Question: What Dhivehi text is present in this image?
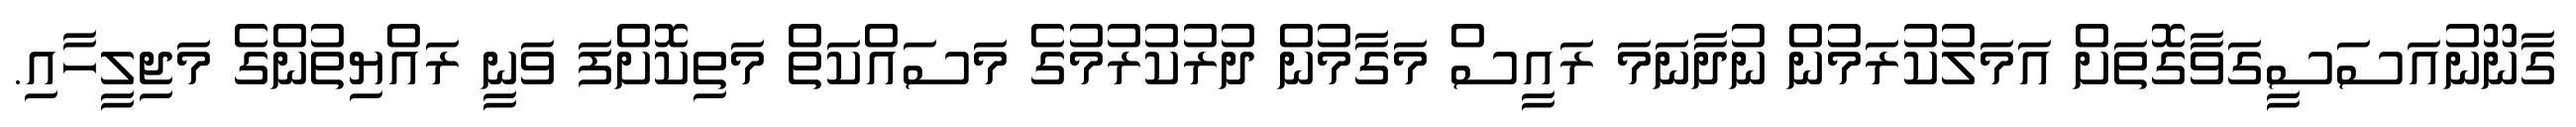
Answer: ގާނޫނުއަސަސީގަވާގޮތަށް އަމަލުކުރަމުން ނުދާނަމަ ރައީސް މަގާމުން ދުރުކުރުމުގެ މަސައްކަތް މަތިކޮށްފަ ވަނީ ރައްޔިތުންގެ މަޖިލީހާއި.